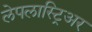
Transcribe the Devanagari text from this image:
लेपलास्ट्रिअर